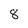
Character: 8